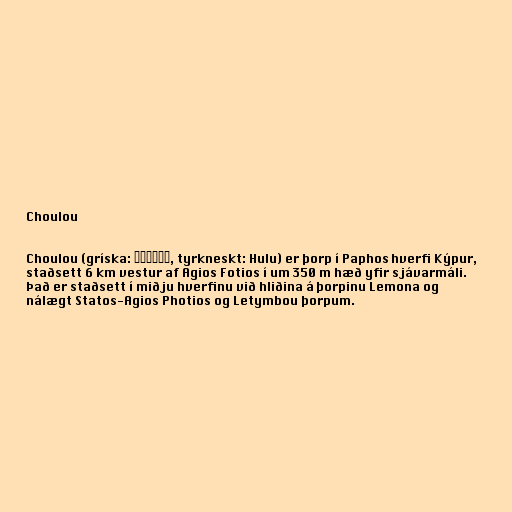
Choulou

Choulou (gríska: Χούλου, tyrkneskt: Hulu) er þorp í Paphos hverfi Kýpur,
staðsett 6 km vestur af Agios Fotios í um 350 m hæð yfir sjávarmáli.
Það er staðsett í miðju hverfinu við hliðina á þorpinu Lemona og
nálægt Statos-Agios Photios og Letymbou þorpum.